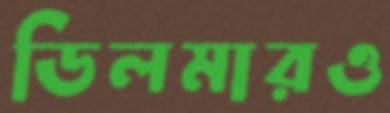
ডিলমারও